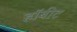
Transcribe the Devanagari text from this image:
हॉबीट